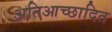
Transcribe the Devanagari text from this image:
अतिआच्छादित